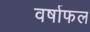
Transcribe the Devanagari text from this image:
वर्षाफल